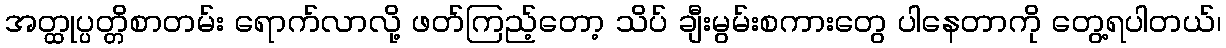
အတ္ထုပ္ပတ္တိစာတမ်း ရောက်လာလို့ ဖတ်ကြည့်တော့ သိပ် ချီးမွမ်းစကားတွေ ပါနေတာကို တွေ့ရပါတယ်၊